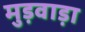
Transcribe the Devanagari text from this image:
मुड़वाड़ा